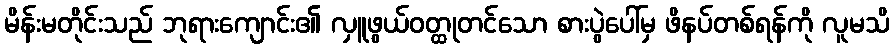
မိန်းမတိုင်းသည် ဘုရားကျောင်း၏ လှူဖွယ်ဝတ္ထုတင်သော စားပွဲပေါ်မှ ဖိနပ်တစ်ရန်ကို လူမသိ